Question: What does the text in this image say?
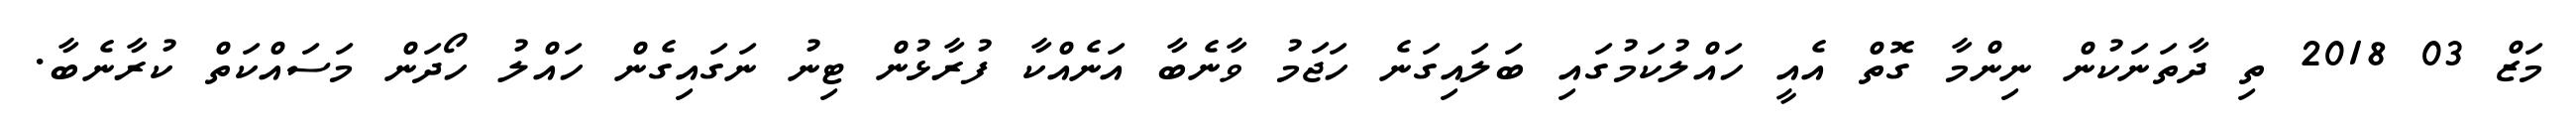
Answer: މަޒް 03 2018 ތި ދާތަނަކުން ނިންމާ ގޮތް އެއީ ހައްލުކަމުގައި ބަލައިގަނެ ހަޖަމު ވާނެބާ އަނެއްކާ ފުރާޅުން ޓިނު ނަގައިގެން ހައްލު ހޯދަން މަސައްކަތް ކުރާނެބާ.